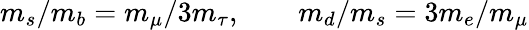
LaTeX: m_{s}/m_{b}=m_{\mu}/3m_{\tau},\qquad m_{d}/m_{s}=3m_{e}/m_{\mu}